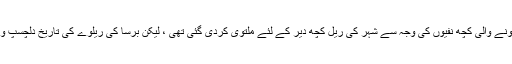
اگرچہ تعمیراتی عمل میں ہونے والی کچھ نفیوں کی وجہ سے شہر کی ریل کچھ دیر کے لئے ملتوی کردی گئی تھی ، لیکن برسا کی ریلوے کی تاریخ دلچسپ واقعات سے بھری پڑی ہے۔